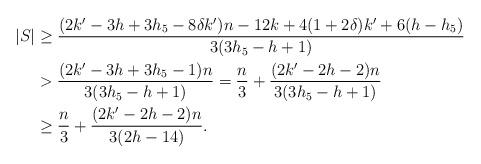
LaTeX: \begin{align*}|S|&\ge \frac{(2k'-3h+3h_5-8\delta k')n-12k+4(1+2\delta)k'+6(h-h_5)}{3(3h_5-h+1)}\\&> \frac{(2k'-3h+3h_5-1)n}{3(3h_5-h+1)}= \frac{n}{3} + \frac{(2k'-2h-2)n}{3(3h_5-h+1)} \\&\geq \frac{n}{3} + \frac{(2k'-2h-2)n}{3(2h-14)}.\end{align*}